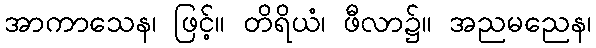
အာကာသေန၊ ဖြင့်။ တိရိယံ၊ ဖီလာ၌။ အညမညေန၊